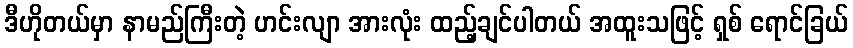
ဒီဟိုတယ်မှာ နာမည်ကြီးတဲ့ ဟင်းလျာ အားလုံး ထည့်ချင်ပါတယ် အထူးသဖြင့် ရှစ် ရောင်ခြယ်